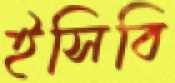
ইসিবি